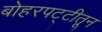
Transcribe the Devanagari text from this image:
बोहरपट्टीतून